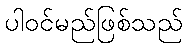
ပါဝင်မည်ဖြစ်သည်